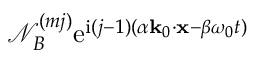
\mathcal { N } _ { B } ^ { ( m j ) } \mathrm { e } ^ { \mathrm { i } ( j - 1 ) ( \alpha \mathbf { k } _ { 0 } \cdot \mathbf { x } - \beta \omega _ { 0 } t ) }